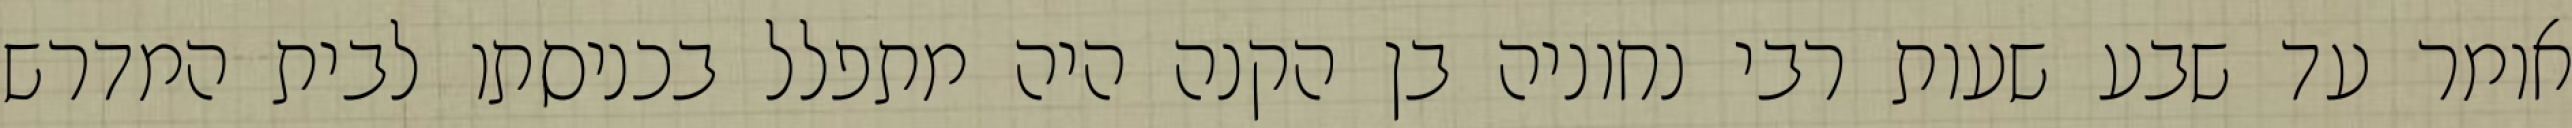
אומר עד שבע שעות רבי נחוניה בן הקנה היה מתפלל בכניסתו לבית המדרש